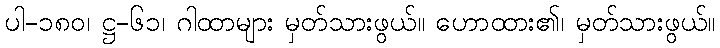
ပါ-၁၈၀၊ ဋ္ဌ-၆၁၊ ဂါထာများ မှတ်သားဖွယ်။ ဟောထား၏၊ မှတ်သားဖွယ်။